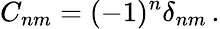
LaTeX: C_{nm}=(-1)^{n}\delta_{nm}\, .